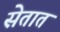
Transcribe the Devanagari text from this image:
सेतात